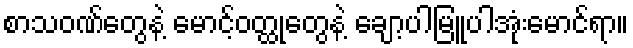
စာသဝဏ်တွေနဲ့ မောင့်ဝတ္ထုတွေနဲ့ ချော့ပါမြူပါအုံးမောင်ရာ။